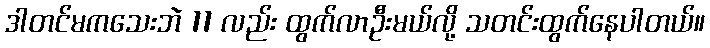
ဒါတင်မကသေးဘဲ 11 လည်း ထွက်လာဦးမယ်လို့ သတင်းထွက်နေပါတယ်။